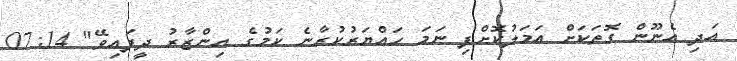
އަދި އެނޫން ގޮތަކަށް އަމަލުކޮށްފި ނަމަ ހައްޔަރުކުރާނެ ކަމުގެ އިންޒާރު ދީފައިވޭ" 07:14